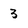
Character: 3